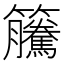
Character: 𥸎